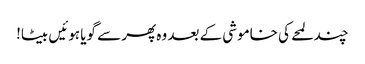
چند لمحے کی خاموشی کے بعد وہ پھر سے گویا ہوئیں بیٹا!